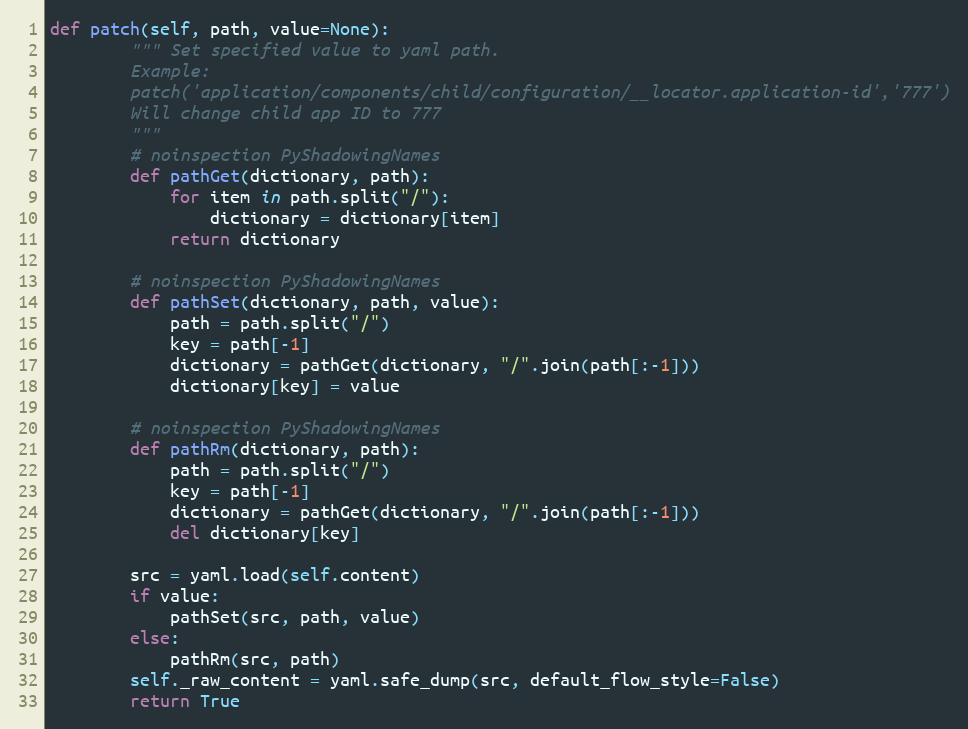
Language: Python
def patch(self, path, value=None):
        """ Set specified value to yaml path.
        Example:
        patch('application/components/child/configuration/__locator.application-id','777')
        Will change child app ID to 777
        """
        # noinspection PyShadowingNames
        def pathGet(dictionary, path):
            for item in path.split("/"):
                dictionary = dictionary[item]
            return dictionary

        # noinspection PyShadowingNames
        def pathSet(dictionary, path, value):
            path = path.split("/")
            key = path[-1]
            dictionary = pathGet(dictionary, "/".join(path[:-1]))
            dictionary[key] = value

        # noinspection PyShadowingNames
        def pathRm(dictionary, path):
            path = path.split("/")
            key = path[-1]
            dictionary = pathGet(dictionary, "/".join(path[:-1]))
            del dictionary[key]

        src = yaml.load(self.content)
        if value:
            pathSet(src, path, value)
        else:
            pathRm(src, path)
        self._raw_content = yaml.safe_dump(src, default_flow_style=False)
        return True